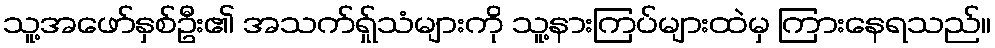
သူ့အဖော်နှစ်ဦး၏ အသက်ရ်ှုသံများကို သူ့နားကြပ်များထဲမှ ကြားနေရသည်။